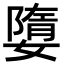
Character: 𡡙